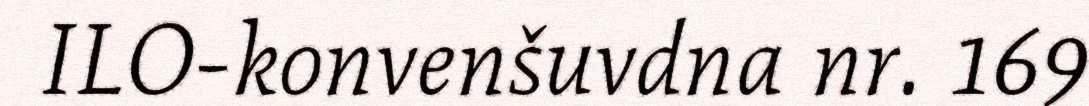
ILO-konvenšuvdna nr. 169